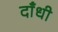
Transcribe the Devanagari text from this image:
दाँधी